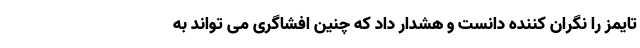
تایمز را نگران کننده دانست و هشدار داد که چنین افشاگری می تواند به